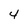
Character: 4